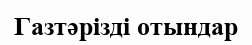
Газтәрізді отындар